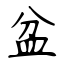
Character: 盆